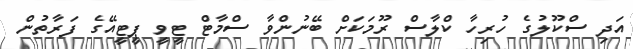
އަދި ސްކޫލުގެ ހުރިހާ ކްލާސް ރޫމަކަށް ބޭނުންވާ ސްމާޓް ޓީވީ ޕީޓީއޭގެ ފަރާތުން